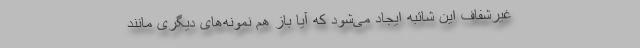
غیرشفاف این شائبه ایجاد می‌شود که آیا باز هم نمونه‌های دیگری مانند